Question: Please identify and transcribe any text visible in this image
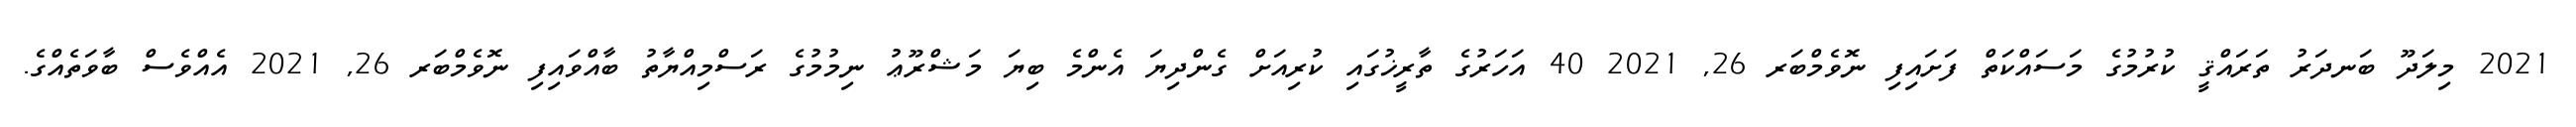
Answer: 2021 މިލަދޫ ބަނދަރު ތަރައްޤީ ކުރުމުގެ މަސައްކަތް ފަށައިފި ނޮވެމްބަރ 26, 2021 40 އަހަރުގެ ތާރީޚުގައި ކުރިއަށް ގެންދިޔަ އެންމެ ބިޔަ މަޝްރޫޢު ނިމުމުގެ ރަސްމިއްޔާތު ބާއްވައިފި ނޮވެމްބަރ 26, 2021 އެއްވެސް ބާވަތެއްގެ.